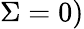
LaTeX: \Sigma=0)